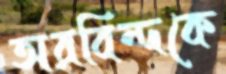
অরবিন্দকে